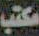
مكتب